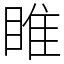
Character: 睢